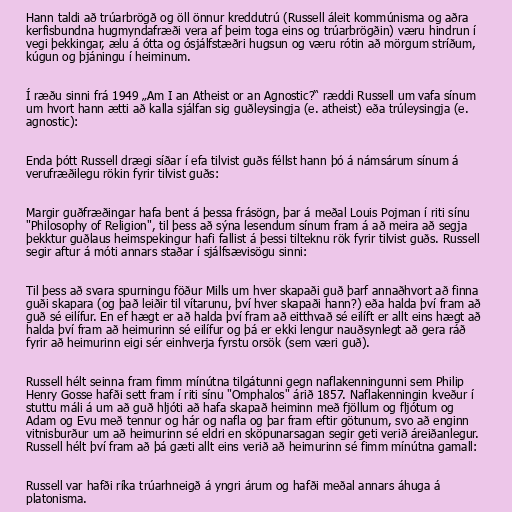
Hann taldi að trúarbrögð og öll önnur kreddutrú (Russell áleit kommúnisma og aðra
kerfisbundna hugmyndafræði vera af þeim toga eins og trúarbrögðin) væru hindrun í
vegi þekkingar, ælu á ótta og ósjálfstæðri hugsun og væru rótin að mörgum stríðum,
kúgun og þjáningu í heiminum.

Í ræðu sinni frá 1949 „Am I an Atheist or an Agnostic?“ ræddi Russell um vafa sínum
um hvort hann ætti að kalla sjálfan sig guðleysingja (e. atheist) eða trúleysingja (e.
agnostic):

Enda þótt Russell drægi síðar í efa tilvist guðs féllst hann þó á námsárum sínum á
verufræðilegu rökin fyrir tilvist guðs:

Margir guðfræðingar hafa bent á þessa frásögn, þar á meðal Louis Pojman í riti sínu
"Philosophy of Religion", til þess að sýna lesendum sínum fram á að meira að segja
þekktur guðlaus heimspekingur hafi fallist á þessi tilteknu rök fyrir tilvist guðs. Russell
segir aftur á móti annars staðar í sjálfsævisögu sinni:

Til þess að svara spurningu föður Mills um hver skapaði guð þarf annaðhvort að finna
guði skapara (og það leiðir til vítarunu, því hver skapaði hann?) eða halda því fram að
guð sé eilífur. En ef hægt er að halda því fram að eitthvað sé eilíft er allt eins hægt að
halda því fram að heimurinn sé eilífur og þá er ekki lengur nauðsynlegt að gera ráð
fyrir að heimurinn eigi sér einhverja fyrstu orsök (sem væri guð).

Russell hélt seinna fram fimm mínútna tilgátunni gegn naflakenningunni sem Philip
Henry Gosse hafði sett fram í riti sínu "Omphalos" árið 1857. Naflakenningin kveður í
stuttu máli á um að guð hljóti að hafa skapað heiminn með fjöllum og fljótum og
Adam og Evu með tennur og hár og nafla og þar fram eftir götunum, svo að enginn
vitnisburður um að heimurinn sé eldri en sköpunarsagan segir geti verið áreiðanlegur.
Russell hélt því fram að þá gæti allt eins verið að heimurinn sé fimm mínútna gamall:

Russell var hafði ríka trúarhneigð á yngri árum og hafði meðal annars áhuga á
platonisma.